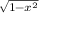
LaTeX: \scriptstyle { \sqrt { 1 - x ^ { 2 } } }